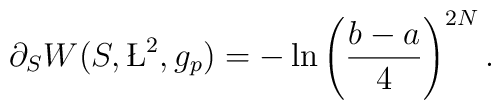
\partial_{S} W (S,\L^{2},g_{p}) = -\ln\left( {b-a\over 4}\right)^{2N} .